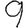
Digit: 9